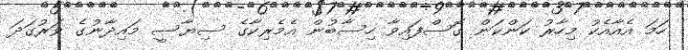
ހަމަ އެއާއެކު މިހާރު ކަންކަން ގޮސްފައިވާ ހިސާބުން އެމެރިކާގެ ސިޔާސީ މައިދާނުގެ ވަރުގަދަ